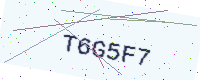
Text: T6G5F7